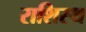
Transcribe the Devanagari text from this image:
राशिस्थ